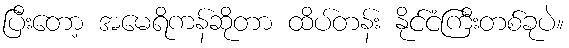
ပြီးတော့ အမေရိကန်ဆိုတာ ထိပ်တန်း နိုင်ငံကြီးတစ်ခုပဲ။